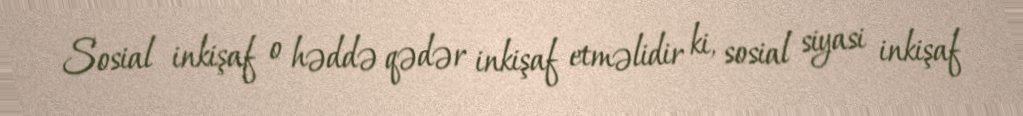
Sosial inkişaf o həddə qədər inkişaf etməlidir ki, sosial siyasi inkişaf